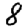
Digit: 8